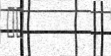
٣١